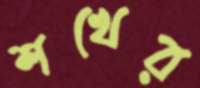
শখের